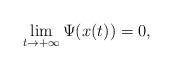
LaTeX: \begin{align*}\lim_{t\to +\infty} \Psi(x(t))=0,\end{align*}